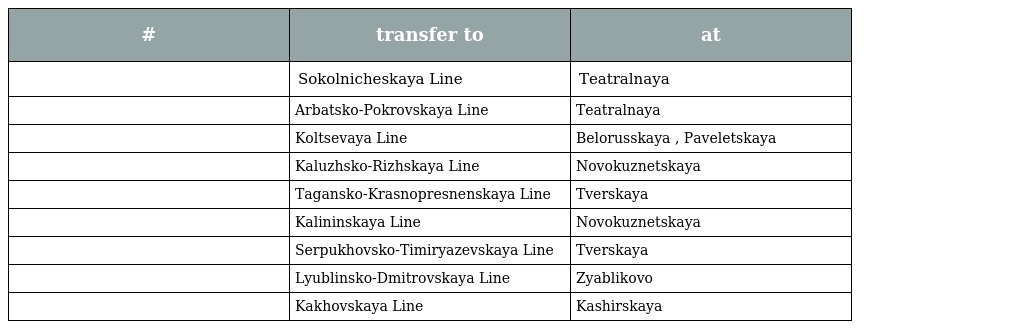
| # | transfer to | at |
 | --- | --- | --- |
 |  | Sokolnicheskaya Line | Teatralnaya |
 |  | Arbatsko-Pokrovskaya Line | Teatralnaya |
 |  | Koltsevaya Line | Belorusskaya , Paveletskaya |
 |  | Kaluzhsko-Rizhskaya Line | Novokuznetskaya |
 |  | Tagansko-Krasnopresnenskaya Line | Tverskaya |
 |  | Kalininskaya Line | Novokuznetskaya |
 |  | Serpukhovsko-Timiryazevskaya Line | Tverskaya |
 |  | Lyublinsko-Dmitrovskaya Line | Zyablikovo |
 |  | Kakhovskaya Line | Kashirskaya |